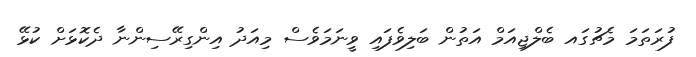
ފުރަތަމަ މެޗުގައ ބެލްޖިއަމް އަތުން ބަލިވެފައި ވީނަމަވެސް މިއަދު އިންގިރޭސިންނާ ދެކޮޅަށް ކުޅޭ